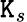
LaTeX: \mathtt{K}_{s}